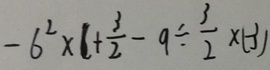
- 6 ^ { 2 } \times 1 + \frac { 3 } { 2 } - 9 \div \frac { 3 } { 2 } \times ( - 3 )